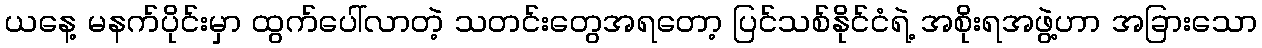
ယနေ့ မနက်ပိုင်းမှာ ထွက်ပေါ်လာတဲ့ သတင်းတွေအရတော့ ပြင်သစ်နိုင်ငံရဲ့ အစိုးရအဖွဲ့ဟာ အခြားသော